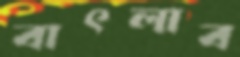
বাৎলাব